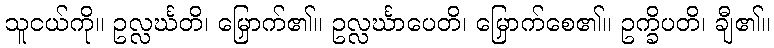
သူငယ်ကို။ ဥလ္လင်္ဃတိ၊ မြှောက်၏။ ဥလ္လင်္ဃာပေတိ၊ မြှောက်စေ၏။ ဥက္ခိပတိ၊ ချီ၏။